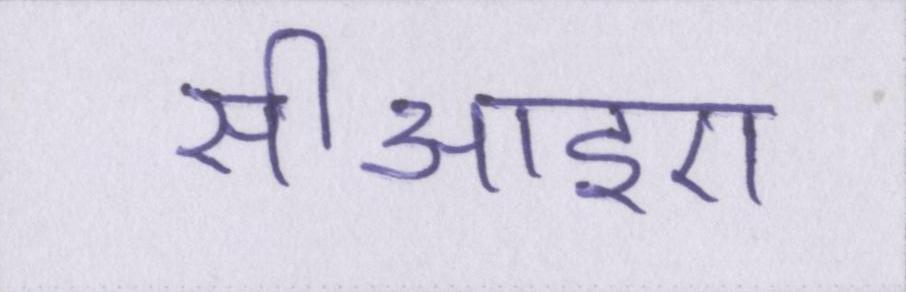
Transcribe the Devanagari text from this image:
सीआइए